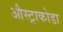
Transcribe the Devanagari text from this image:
औस्ट्राकोडा